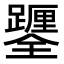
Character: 𨇎